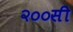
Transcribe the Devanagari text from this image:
२००सी